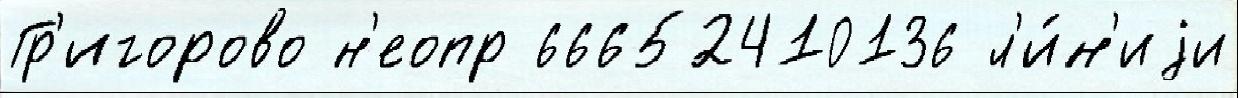
Гр'игорово н'еопр 66652410136 л'и́н'иjи